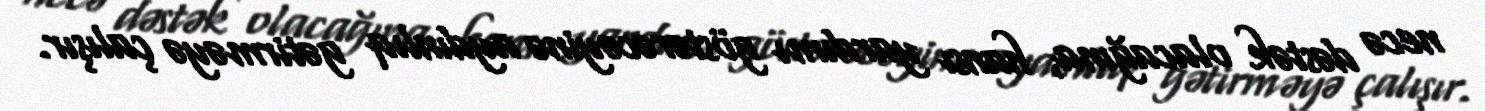
necə dəstək olacağına, hansı yardımı göstərəcəyinə aydınlıq gətirməyə çalışır.